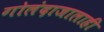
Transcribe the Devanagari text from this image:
गोलंदाजालाही